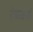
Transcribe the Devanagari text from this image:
रेव्न्जर्स